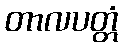
တာလပတ္တံ